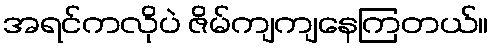
အရင်ကလိုပဲ ဇိမ်ကျကျနေကြတယ်။